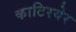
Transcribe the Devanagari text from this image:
काटिरयेर